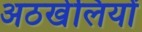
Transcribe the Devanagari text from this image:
अठखेलियों